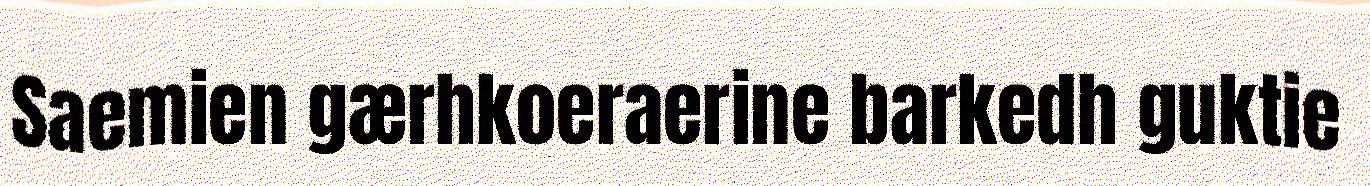
Saemien gærhkoeraerine barkedh guktie